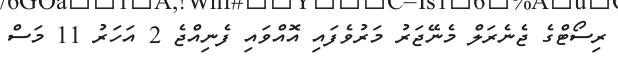
ރިސޯޓްގެ ޖެނެރަލް މެނޭޖަރު މަރުވެފައި އޮއްވައި ފެނިއްޖެ 2 އަހަރު 11 މަސް